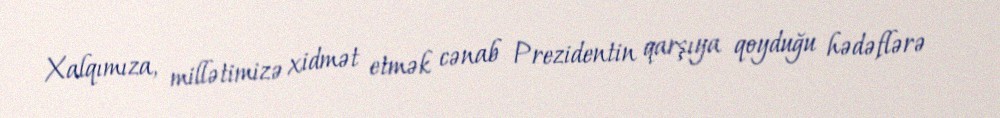
Xalqımıza, millətimizə xidmət etmək cənab Prezidentin qarşıya qoyduğu hədəflərə